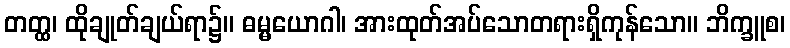
တတ္ထ၊ ထိုချုတ်ချယ်ရာ၌။ ဓမ္မယောဂါ၊ အားထုတ်အပ်သောတရားရှိကုန်သော။ ဘိက္ခူစ၊